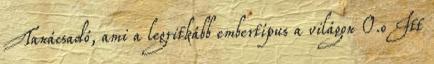
Tanácsadó, ami a legritkább embertípus a világon O.o Itt